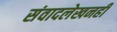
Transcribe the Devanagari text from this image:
संवादलेखनही